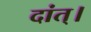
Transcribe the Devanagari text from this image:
दांत्।